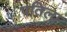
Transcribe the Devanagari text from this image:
पतिला